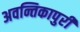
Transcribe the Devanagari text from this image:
अवन्तिकापुरी